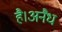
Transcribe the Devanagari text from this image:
है।अनैध